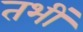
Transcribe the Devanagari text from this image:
तभीं